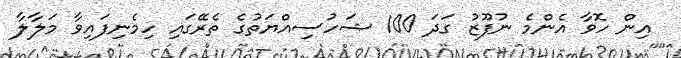
އިން ހޮވާ އެންމެ ނުފޫޒު ގަދަ 100 ޝަހުސިއްޔަތުގެ ތެރޭގައި ހިމެނިފައިވާ މަލާލާ